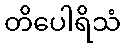
တိပေါရိသံ